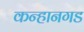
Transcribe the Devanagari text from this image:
कन्हानगड